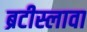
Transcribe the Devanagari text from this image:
ब्रटीस्लावा